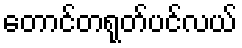
တောင်တရုတ်ပင်လယ်